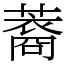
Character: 䕍